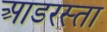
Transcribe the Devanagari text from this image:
आडरस्ता